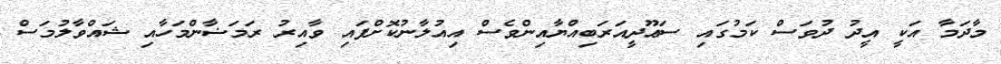
މާދަމާ އަކީ އީދު ދުވަސް ކަމުގައި ސަޢޫދީއަރަބިއްޔާއިންވެސް އިއުލާނުކޮށްފައި ވާއިރު ރަމަޟާންމަހާއި ޝައްވާލުމަސް